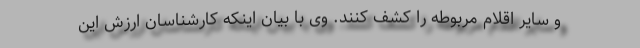
و سایر اقلام مربوطه را کشف کنند. وی با بیان اینکه کارشناسان ارزش این